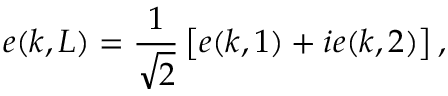
{ \boldsymbol { e } } ( { \boldsymbol { k } } , L ) = { \frac { 1 } { \sqrt { 2 } } } \left[ { \boldsymbol { e } } ( { \boldsymbol { k } } , 1 ) + i { \boldsymbol { e } } ( { \boldsymbol { k } } , 2 ) \right] ,